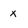
Character: x